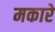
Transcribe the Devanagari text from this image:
मकारे